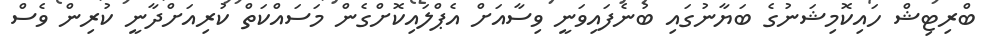
ބްރިޓިޝް ހައިކޮމިޝަނުގެ ބަޔާނުގައި ބުނެފައިވަނީ ވިސާއަށް އެޕްލައިކޮށްގެން މަސައްކަތް ކުރިއަށްދާނީ ކުރިން ވެސް